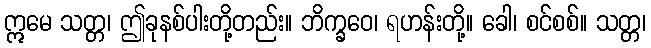
ဣမေ သတ္တ၊ ဤခုနစ်ပါးတို့တည်း။ ဘိက္ခဝေ၊ ရဟန်းတို့။ ခေါ၊ စင်စစ်။ သတ္တ၊